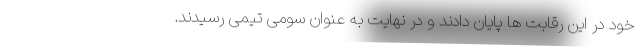
خود در این رقابت ها پایان دادند و در نهایت به عنوان سومی تیمی رسیدند.